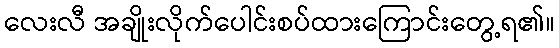
လေးလီ အချိုးလိုက်ပေါင်းစပ်ထားကြောင်းတွေ့ရ၏။